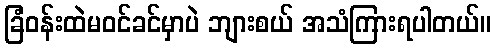
ခြံဝန်းထဲမဝင်ခင်မှာပဲ ဘျားစယ် အသံကြားရပါတယ်။